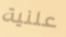
علنية